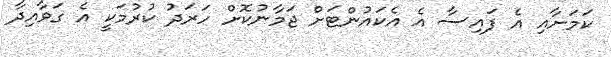
ކަމަށާއި އެ ފައިސާ އެ އެކައުންޓަށް ޖަމާނުކޮށް ހަރަދު ކުރުމަކީ އެ ގަވާއިދާ